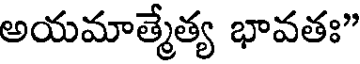
అయమాత్మేత్య భావతః"